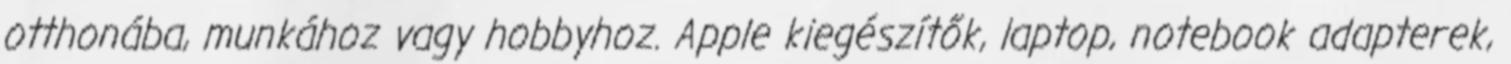
otthonába, munkához vagy hobbyhoz. Apple kiegészítők, laptop, notebook adapterek,